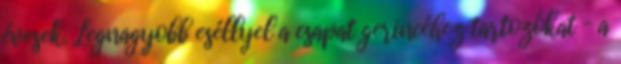
évesek. Legnagyobb eséllyel a csapat gerincéhez tartozókat – a